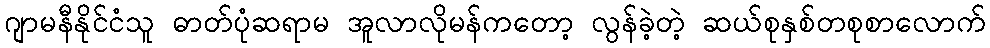
ဂျာမနီနိုင်ငံသူ ဓာတ်ပုံဆရာမ အူလာလိုမန်ကတော့ လွန်ခဲ့တဲ့ ဆယ်စုနှစ်တစုစာလောက်